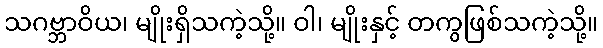
သဂဗ္ဘာဝိယ၊ မျိုးရှိသကဲ့သို့။ ဝါ၊ မျိုးနှင့် တကွဖြစ်သကဲ့သို့။